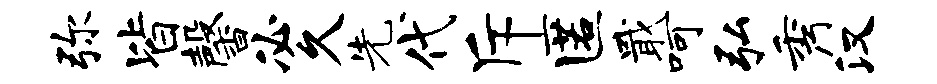
弥皆馨必久先代斥匿戢呵弘秀汉